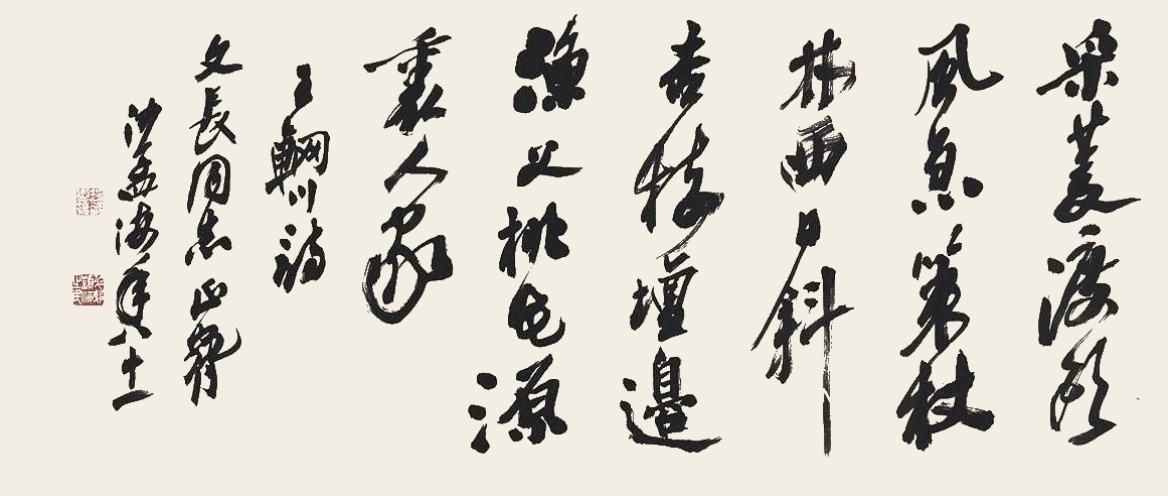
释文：采菱渡头风急，策杖林西日斜。杏树坛边渔父，桃花源里人家。王辋川诗。文长同志正腕，沙孟海年八十一。